Vaccination in Burma 1920-1933 - 1920-1933
Year: 1920
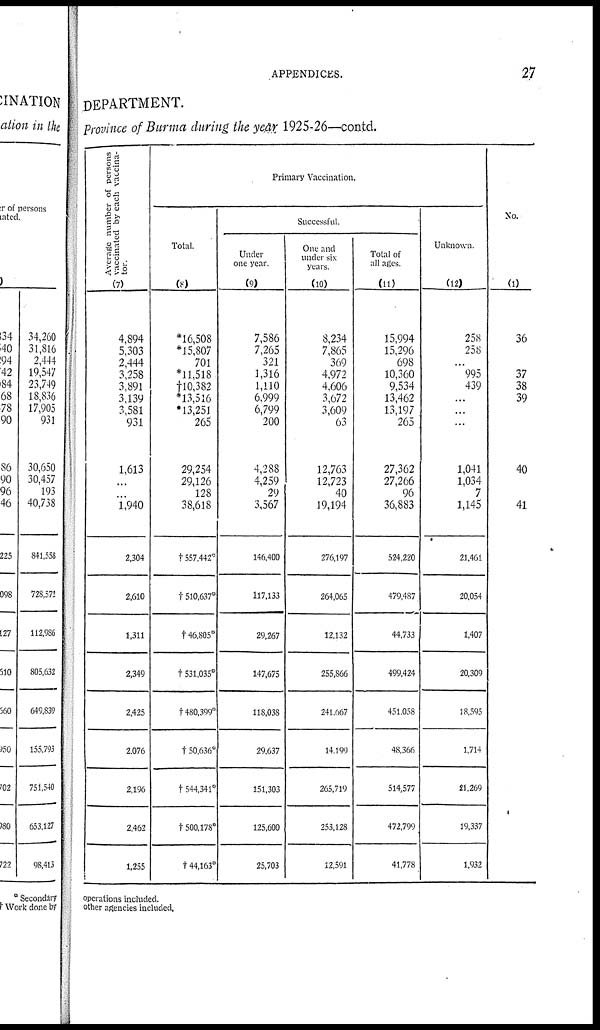
APPENDICES.
27
DEPARTMENT.
Province of Burma during the year 1925-26—contd.
Average number of persons
vaccinated by each vaccina-
tor.
(7)
4,894
5,303
2,444
3,258
3,891
3,139
3,581
931
1,613
...
...
1,940
2,304
2,610
1,311
2,349
2,425
2,076
2,196
2,462
1,255
Primary Vaccination.
Total.
(8)
*16,508
*15,807
701
*11,518
†10,382
*13,516
*13,251
265
29,254
29,126
128
38,618
†557,442
†510,637*
†46,805*
†531,035*
†480,399*
†50,636*
†544,341*
†500,178*
†44,163*
Successful.
Under
one year.
(9)
7,586
7,265
321
1,316
1,110
6,999
6,799
200
4,288
4,259
29
3,567
146,400
117,133
29,267
147,675
118,038
29,637
151,303
125,600
25,703
One and
under six
years.
(10)
8,234
7,865
369
4,972
4,606
3,672
3,609
63
12,763
12,723
40
19,194
276,197
264,065
12,132
255,866
241,667
14,199
265,719
253,128
12,591
Total of
all ages.
(11)
15,994
15,296
698
10,360
9,534
13,462
13,197
265
27,362
27,266
96
36,883
524,220
479,487
44,733
499,424
451,058
48,366
514,577
472,799
41,778
Unknown.
(12)
258
258
...
995
439
...
...
...
1,041
1,034
7
1,145
21,461
20,054
1,407
20,309
18,595
1,714
21,269
19,337
1,932
No.
(1)
36
37
38
39
40
41
operations included.
other agencies included.